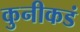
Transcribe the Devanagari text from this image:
कुनीकडं